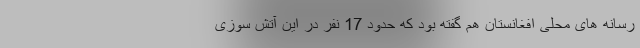
رسانه های محلی افغانستان هم گفته بود که حدود 17 نفر در این آتش سوزی